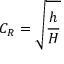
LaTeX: C _ { R } = { \sqrt { \frac { h } { H } } }